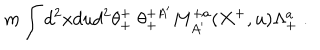
LaTeX: m \int d ^ { 2 } x d u d ^ { 2 } \theta _ { + } ^ { + } \; \theta _ { + } ^ { + A ^ { \prime } } M _ { A ^ { \prime } } ^ { + a } ( X ^ { + } , u ) \Lambda _ { + } ^ { a } \; .